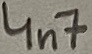
Text: 4n7